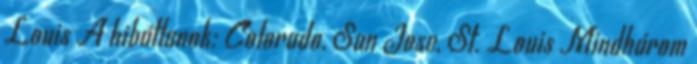
Louis A hibátlanok: Colorado, San Jose, St. Louis Mindhárom